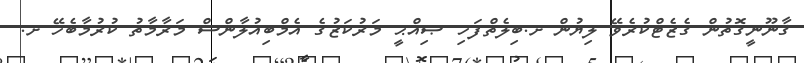
ޤާނޫނީގޮތުން ގެޒެޓްކުރެވޭ ލިޔުން ށ.ބިލެތްފަހި ޞިއްޙީ މަރުކަޒުގެ އެމްބިއުލާންސް މަރާމާތު ކުރުމާބެހޭ ށ.